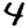
Digit: 4